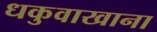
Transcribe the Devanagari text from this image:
धकुवाखाना